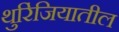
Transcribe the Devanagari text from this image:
थुरिंजियातील